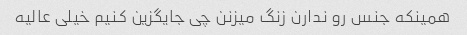
همینکه جنس رو ندارن زنگ میزنن چی جایگزین کنیم خیلی عالیه